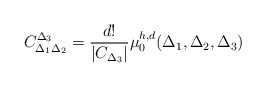
\begin{align*}C_{\Delta_1\Delta_2}^{\Delta_3}=\frac{d!}{|C_{\Delta_3}|}\mu_{0}^{h,d}(\Delta_{1},\Delta_{2},\Delta_{3})\end{align*}